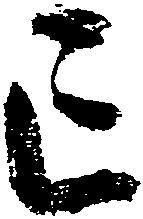
已